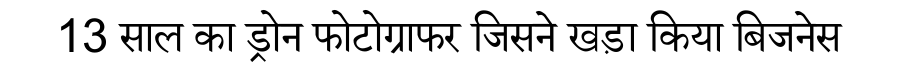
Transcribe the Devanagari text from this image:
13 साल का ड्रोन फोटोग्राफर जिसने खड़ा किया बिजनेस